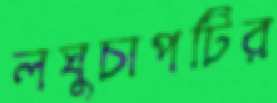
লঘুচাপটির